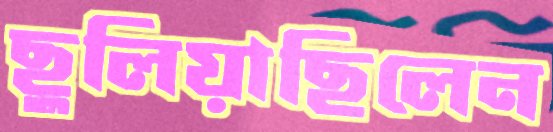
ছুলিয়াছিলেন